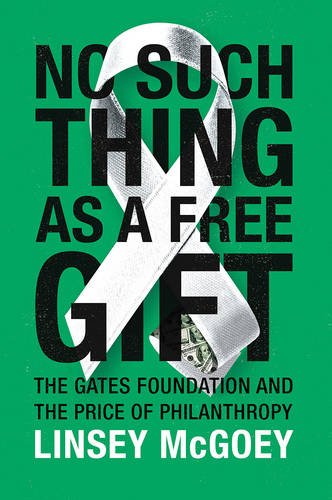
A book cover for No Such Thing as a Free Gift: The Gates Foundation and the Price of Philanthropy; Linsey McGoey; Politics & Social Sciences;